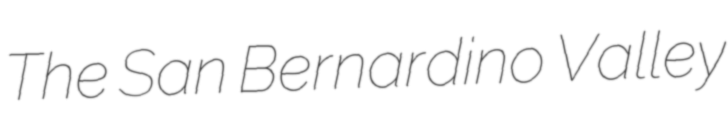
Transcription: The San Bernardino Valley